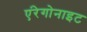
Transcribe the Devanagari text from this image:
एंरेगोनाइट